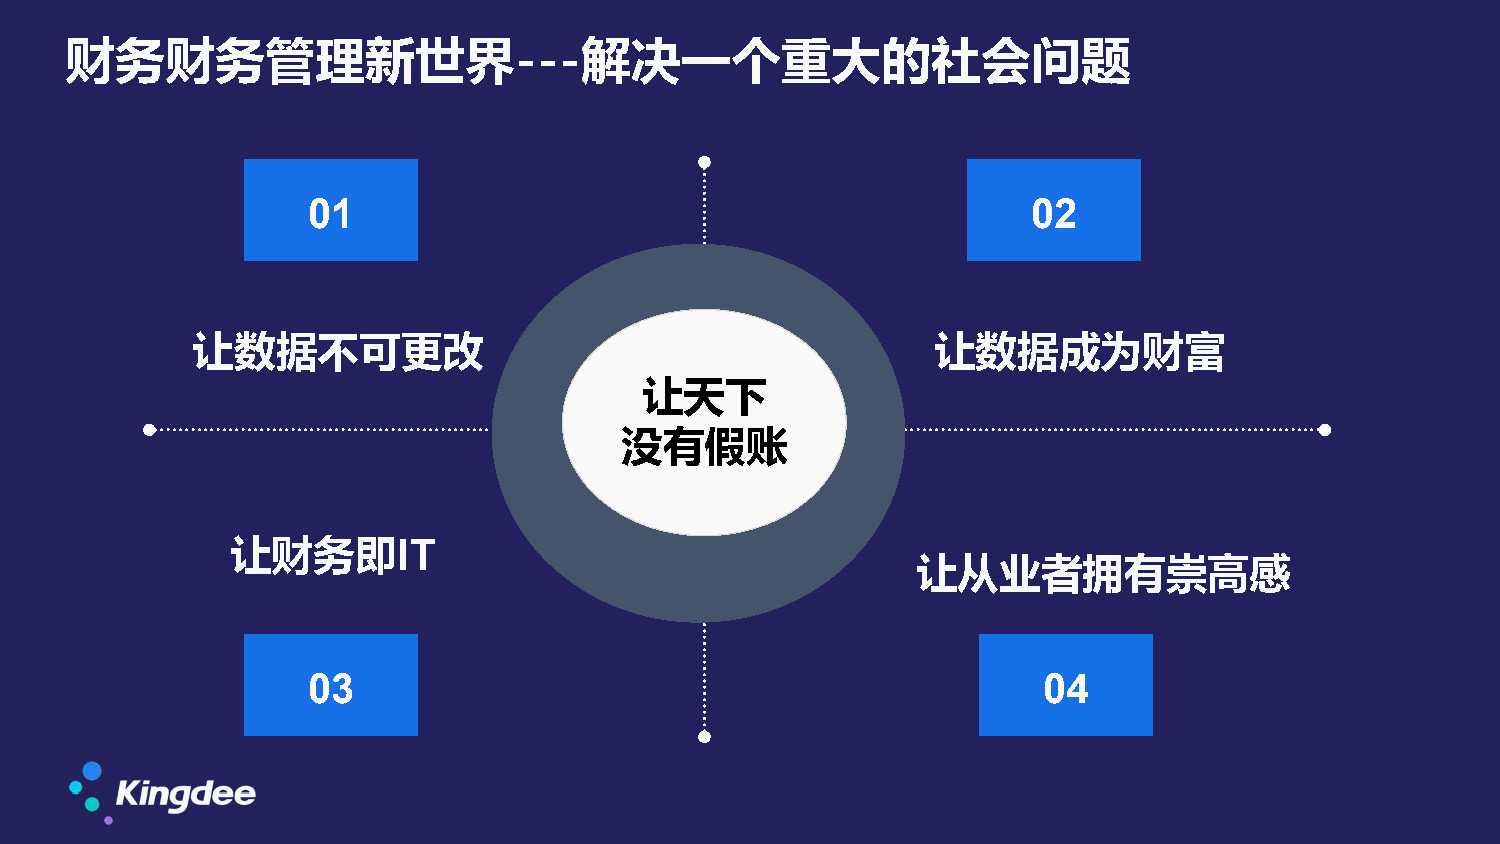
财务财务管理新世界---解决一个重大的社会问题
 01                                              02
 让数据不可更改                                          让数据成为财富
 让天下
 没有假账
 让财务即IT
 让从业者拥有崇高感
 03                                               04